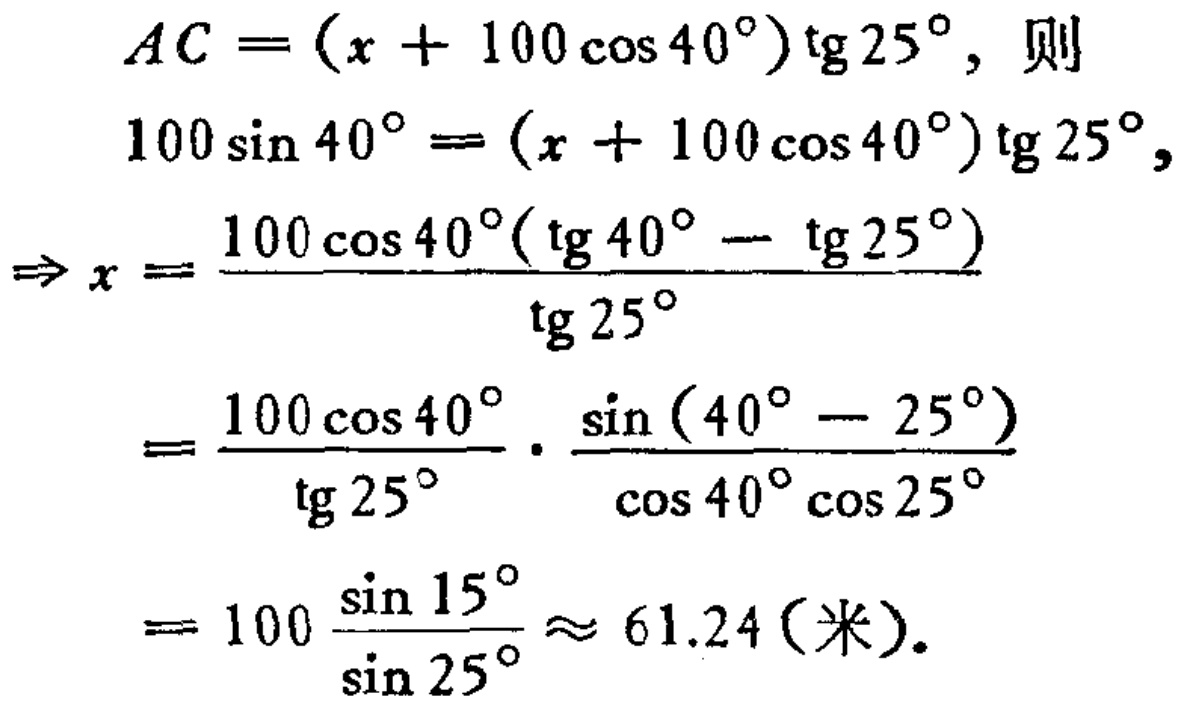
\[
\begin{align*}
AC&=(x + 100\cos40^{\circ})\tg25^{\circ}, \text{ 则}\\
100\sin40^{\circ}&=(x + 100\cos40^{\circ})\tg25^{\circ},\\
\Rightarrow x&=\frac{100\cos40^{\circ}(\tg40^{\circ}-\tg25^{\circ})}{\tg25^{\circ}}\\
&=\frac{100\cos40^{\circ}}{\tg25^{\circ}}\cdot\frac{\sin(40^{\circ}-25^{\circ})}{\cos40^{\circ}\cos25^{\circ}}\\
&=100\frac{\sin15^{\circ}}{\sin25^{\circ}}\approx 61.24 (\text{米}).
\end{align*}
\]